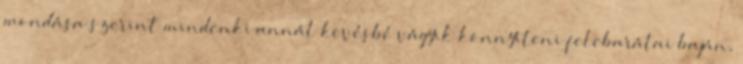
mondása szerint mindenki annál kevésbé vágyik könnyíteni felebarátai baján,